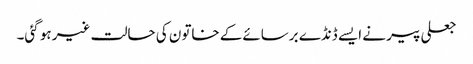
جعلی پیر نے ایسے ڈنڈے برسائےکے خاتون کی حالت غیر ہو گئی۔